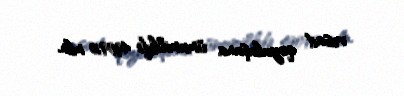
vəsait qoyuluşuna ümumilikdə 4909,0 mln.